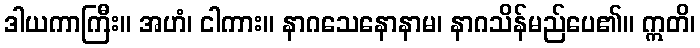
ဒါယကာကြီး။ အဟံ၊ ငါကား။ နာဂသေနောနာမ၊ နာဂသိန်မည်ပေ၏။ ဣတိ၊